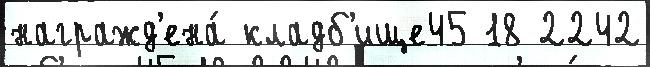
награжд'ена́ кладб'ище45 18 2242